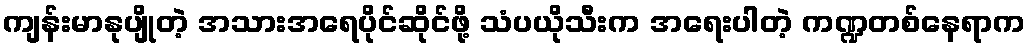
ကျန်းမာနုပျိုတဲ့ အသားအရေပိုင်ဆိုင်ဖို့ သံပယိုသီးက အရေးပါတဲ့ ကဏ္ဍတစ်နေရာက